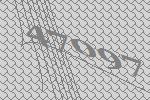
47097